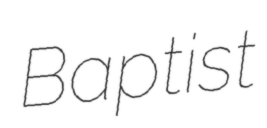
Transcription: Baptist